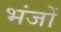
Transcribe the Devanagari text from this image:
भंजों